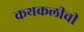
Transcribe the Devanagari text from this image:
कथकलीची